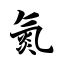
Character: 氮